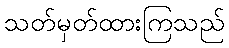
သတ်မှတ်ထားကြသည်